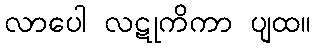
လာပေါ လဋုကိကာ ပျထ။